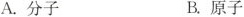
A.分子 B.原子